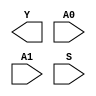
module sky130_fd_sc_lp__udp_mux_2to1_N (
    Y ,
    A0,
    A1,
    S
);

    output Y ;
    input  A0;
    input  A1;
    input  S ;
endmodule